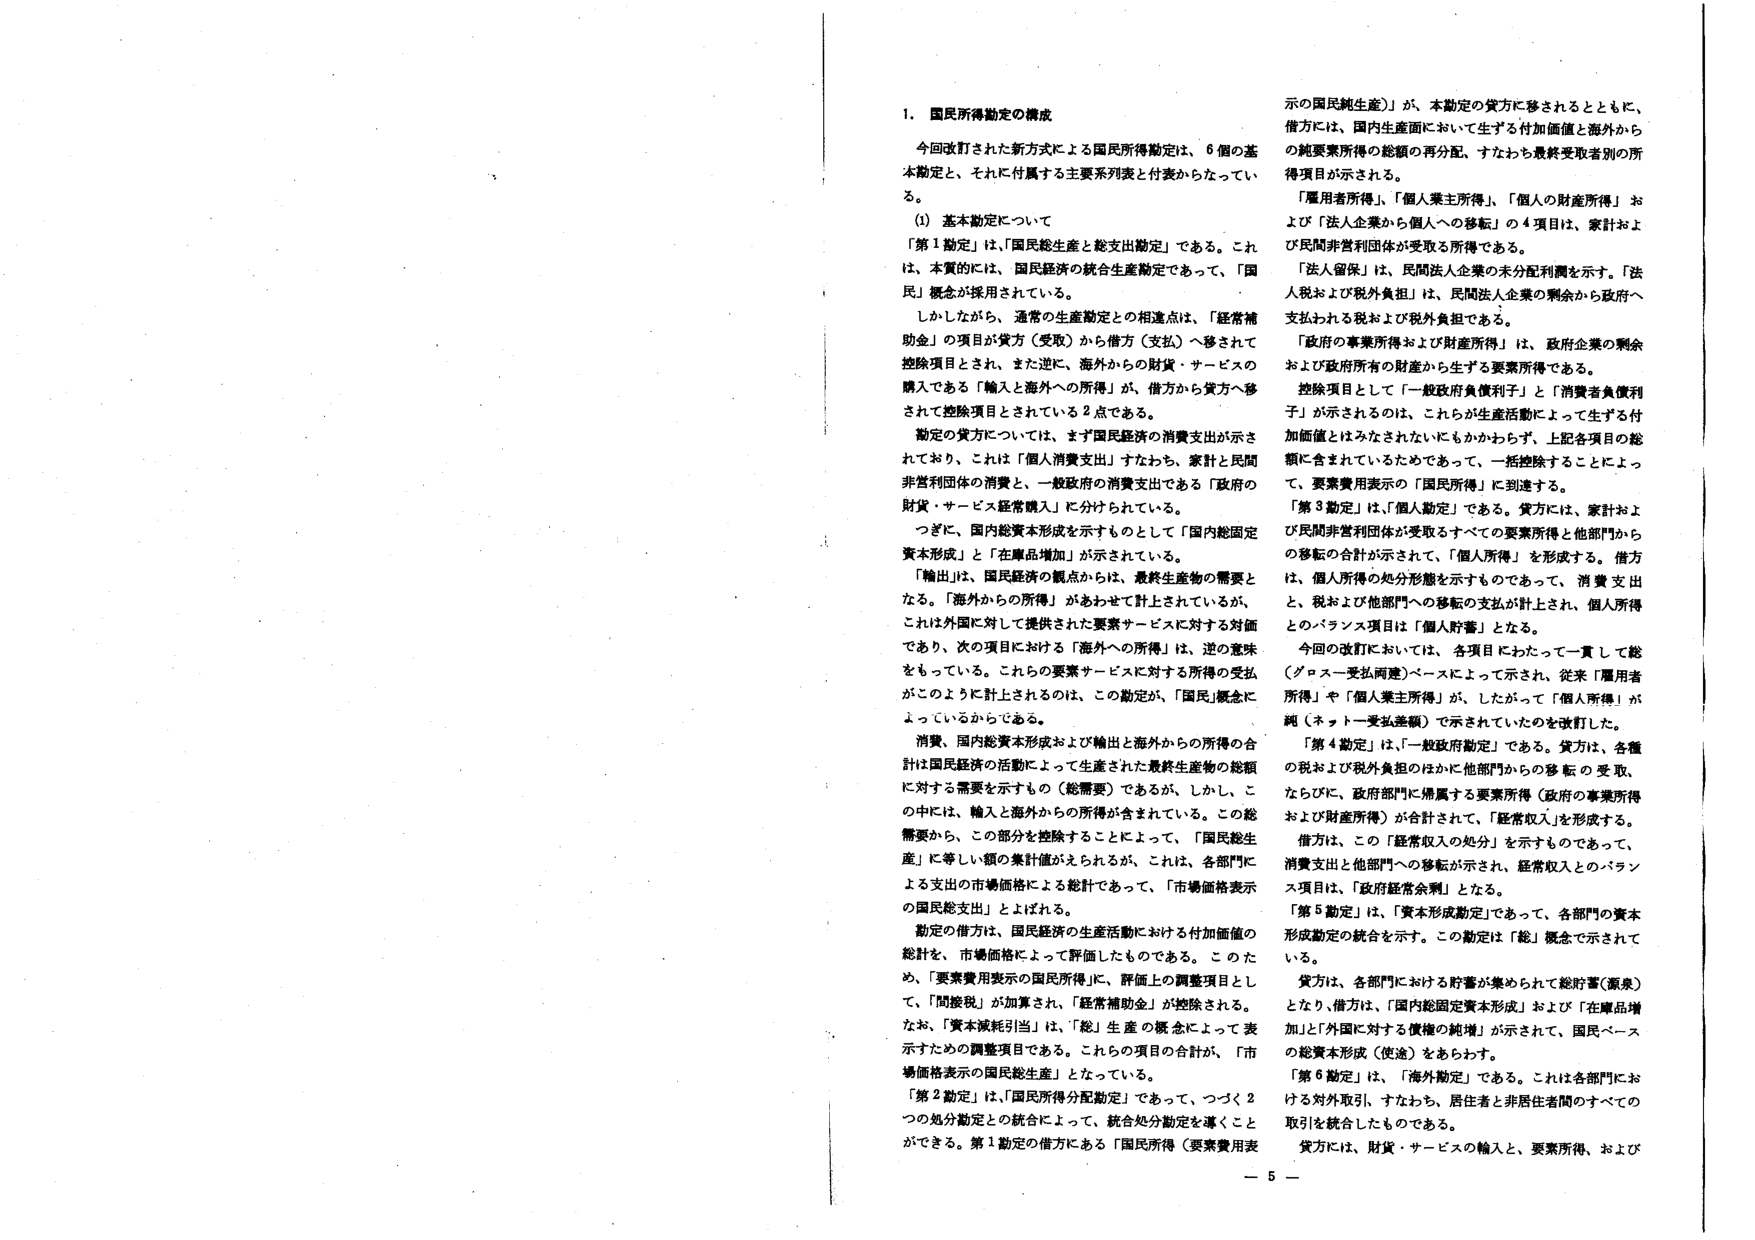
1. 国民所得勘定の構成

今改訂された新方式による国民所得勘定は、6個の基本勘定と、それに付属する主要系列表と付表からなっている。

(1) 基本勘定について

「第1勘定」は、「国民総生産と総支出勘定」である。これは、本質的には、国民経済の統合生産勘定であって、「国民」概念が採用されている。

しかしながら、通常の生産勘定との相違点は、「経常補助金」の項目が貸方（受取）から借方（支払）へ移されて控除項目とされ、また逆に、海外からの財貨・サービスの購入である「輸入と海外への所得」が、借方から貸方へ移されて控除項目とされている2点である。

勘定の貸方については、まず国民経済の消費支出が示されており、これは「個人消費支出」すなわち、家計と民間非営利団体の消費と、一般政府の消費支出である「政府の財貨・サービス経常購入」に分けられている。

つぎに、国内総資本形成を示すものとして「国内総固定資本形成」と「在庫品増加」が示されている。

「輸出」は、国民経済の観点からは、最終生産物の需要となる。「海外からの所得」があわせて計上されているが、これは外国に対して提供された要素サービスに対する対価であり、次の項目における「海外への所得」は、逆の意味をもっている。これらの要素サービスに対する所得の受払がこのように計上されるのは、この勘定が、「国民」概念によっているからである。

消費、国内総資本形成および輸出と海外からの所得の合計は国民経済の活動によって生産された最終生産物の総額に対する需要を示すもの（総需要）であるが、しかし、この中には、輸入と海外からの所得が含まれている。この総需要から、この部分を控除することによって、「国民総生産」に等しい額の集計値がえられるが、これは、各部門による支出の市場価格による総計であって、「市場価格表示の国民総支出」とよばれる。

勘定の借方は、国民経済の生産活動における付加価値の総計を、市場価格によって評価したものである。このため、「要素費用表示の国民所得」に、評価上の調整項目として、「間接税」が加算され、「経常補助金」が控除される。なお、「資本減耗引当」は、「総」生産の概念によって表示するための調整項目である。これらの項目の合計が、「市場価格表示の国民総生産」となっている。

「第2勘定」は、「国民所得分配勘定」であって、つづく2つの処分勘定との統合によって、統合処分勘定を導くことができる。第1勘定の借方にある「国民所得（要素費用表示の国民純生産）」が、本勘定の貸方に移されるとともに、借方には、国内生産面において生ずる付加価値と海外からの純要素所得の総額の再分配、すなわち最終受取者別の所得項目が示される。

「雇用者所得」、「個人業主所得」、「個人の財産所得」および「法人企業から個人への移転」の4項目は、家計および民間非営利団体が受取る所得である。

「法人留保」は、民間法人企業の未分配利潤を示す。「法人税および税外負担」は、民間法人企業の剰余から政府へ支払われる税および税外負担である。

「政府の事業所得および財産所得」は、政府企業の剰余および政府所有の財産から生ずる要素所得である。

控除項目として「一般政府負債利子」と「消費者負債利子」が示されるのは、これらが生産活動によって生ずる付加価値とはみなされないにもかかわらず、上記各項目の総額に含まれているためであって、一括控除することによって、要素費用表示の「国民所得」に到達する。

「第3勘定」は、「個人勘定」である。貸方には、家計および民間非営利団体が受取るすべての要素所得と他部門からの移転の合計が示されて、「個人所得」を形成する。借方は、個人所得の処分形態を示すものであって、消費支出と、税および他部門への移転の支払が計上され、個人所得とのバランス項目は「個人貯蓄」となる。

今回の改訂においては、各項目にわたって一貫して総（グロスー受払両建）ベースによって示され、従来「雇用者所得」や「個人業主所得」が、したがって「個人所得」が純（ネットー受払差額）で示されていたものを改訂した。

「第4勘定」は、「一般政府勘定」である。貸方は、各種の税および税外負担のほかに他部門からの移転の受取、ならびに、政府部門に帰属する要素所得（政府の事業所得および財産所得）が合計されて、「経常収入」を形成する。借方は、この「経常収入の処分」を示すものであって、消費支出と他部門への移転が示され、経常収入とのバランス項目は、「政府経常余剰」となる。

「第5勘定」は、「資本形成勘定」であって、各部門の資本形成勘定の統合を示す。この勘定は「総」概念で示されている。

貸方は、各部門における貯蓄が集められて総貯蓄（源泉）となり、借方は、「国内総固定資本形成」および「在庫品増加」と「外国に対する債権の純増」が示されて、国民ベースの総資本形成（使途）をあらわす。

「第6勘定」は、「海外勘定」である。これは各部門における対外取引、すなわち、居住者と非居住者間のすべての取引を統合したものである。

貸方には、財貨・サービスの輸入と、要素所得、および

－ 5 －